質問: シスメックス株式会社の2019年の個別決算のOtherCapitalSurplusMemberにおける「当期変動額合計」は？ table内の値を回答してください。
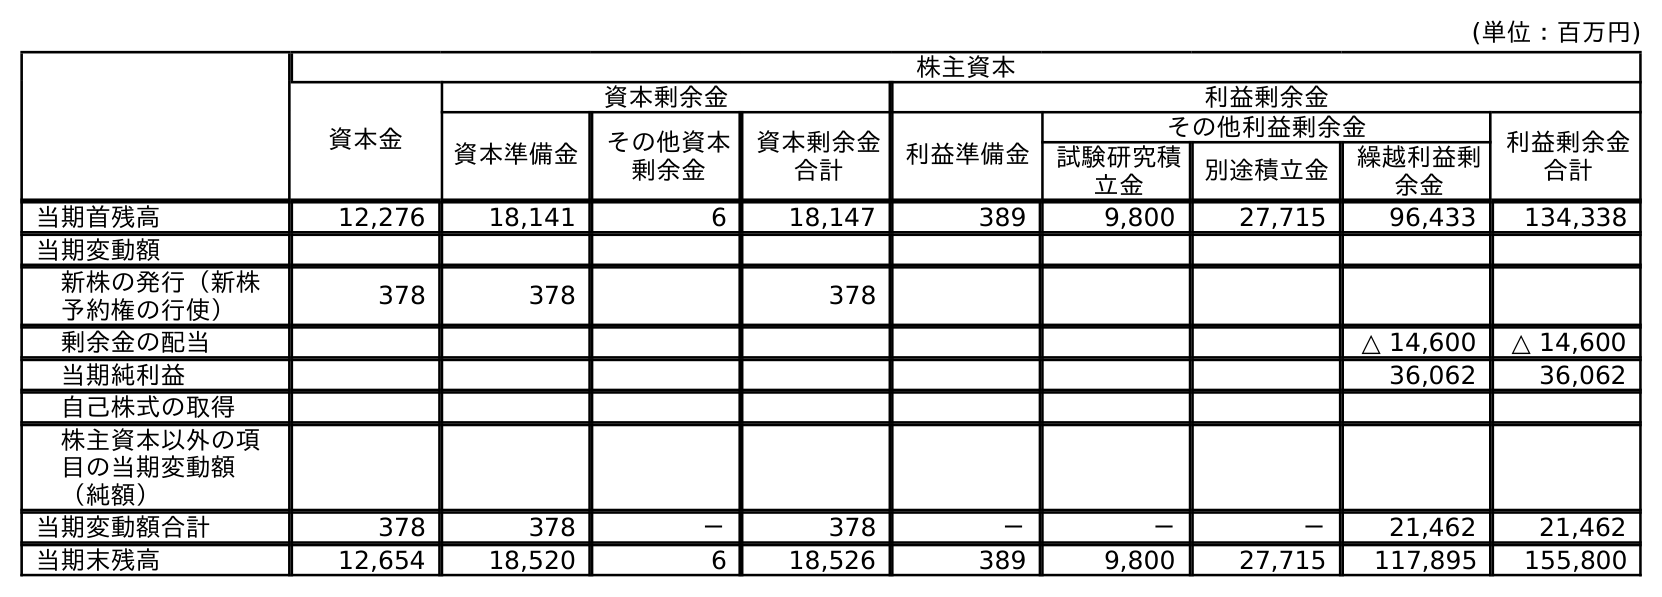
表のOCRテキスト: (単位：百万円) 株主資本 資本金 資本剰余金 利益剰余金 資本準備金 その他資本 剰余金 資本剰余金 合計 利益準備金 その他利益剰余金 利益剰余金 合計 試験研究積 立金 別途積立金 繰越利益剰 余金 当期首残高 12,276 18,141 6 18,147 389 9,800 27,715 96,433 134,338 当期変動額 新株の発行（新株 予約権の行使） 378 378 378 剰余金の配当 △ 14,600 △ 14,600 当期純利益 36,062 36,062 自己株式の取得 株主資本以外の項 目の当期変動額 （純額） 当期変動額合計 378 378 － 378 － － － 21,462 21,462 当期末残高 12,654 18,520 6 18,526 389 9,800 27,715 117,895 155,800
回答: －